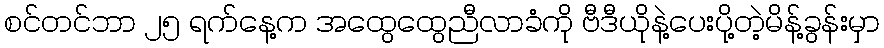
စင်တင်ဘာ ၂၅ ရက်နေ့က အထွေထွေညီလာခံကို ဗီဒီယိုနဲ့ပေးပို့တဲ့မိန့်ခွန်းမှာ